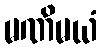
မဏိမယံ